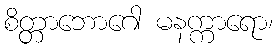
စိတ္တာဘောဂေါ မနက္ကာရော၊